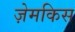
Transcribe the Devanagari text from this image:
ज़ेमकिस